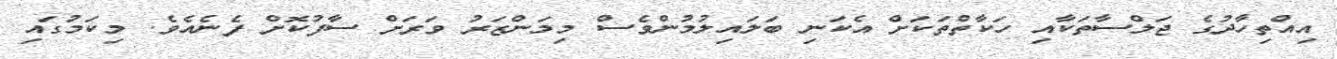
އިއްތިހާދުގެ ޖަލްސާތަކާއި ހަަކާތްތަކަށް އެކަނި ބަލައިލުމުންވެސް މިމަންޒަރު ވަރަށް ސާފުކޮށް ފެނެއެވެ. މިކަމުގައި